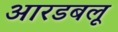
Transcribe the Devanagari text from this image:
आरडबलू